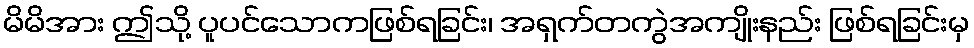
မိမိအား ဤသို့ ပူပင်သောကဖြစ်ရခြင်း၊ အရှက်တကွဲအကျိုးနည်း ဖြစ်ရခြင်းမှ